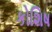
કોશિષ